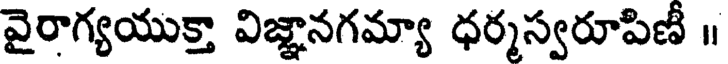
వైరాగ్యయుక్తా విజ్ఞానగమ్యా ధర్మస్వరూపిణీ ॥